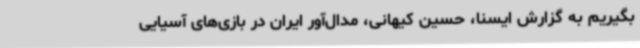
بگیریم به گزارش ایسنا، حسین کیهانی، مدال‌آور ایران در بازی‌های آسیایی